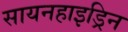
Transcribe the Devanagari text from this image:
सायनहाइड्रिन